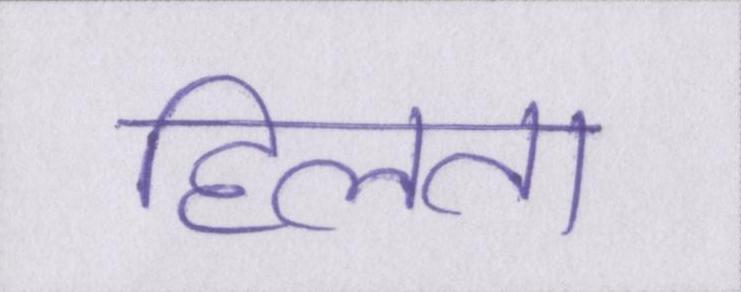
हिलता